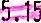
5.15